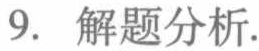
9. 解题分析.